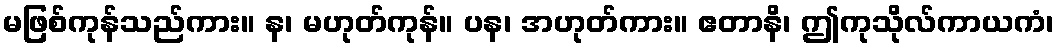
မဖြစ်ကုန်သည်ကား။ န၊ မဟုတ်ကုန်။ ပန၊ အဟုတ်ကား။ ဧတာနိ၊ ဤကုသိုလ်ကာယကံ၊